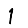
Digit: 1